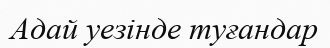
Адай уезінде туғандар